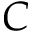
C